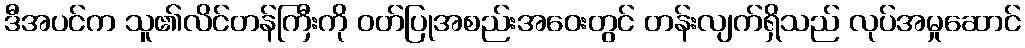
ဒီအပင်က သူ၏လိင်တန်ကြီးကို ဝတ်ပြုအစည်းအဝေးတွင် တန်းလျက်ရှိသည် လုပ်အမှုဆောင်